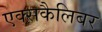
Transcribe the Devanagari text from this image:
एक्सकैलिबर